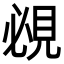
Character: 覕